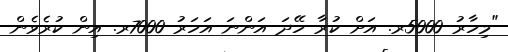
"މިހާރު 5000ރ. އަށް ކުރާ ހޭދަ އަންނަ އަހަރު 7000ރ. އިން ކުރެވެން